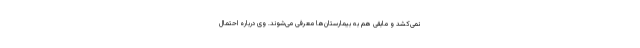
نمی‌کشد و مابقی هم به بیمارستان‌ها معرفی می‌شوند. وی درباره احتمال